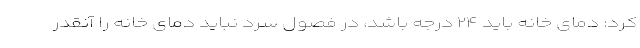
کرد: دمای خانه باید ۲۴ درجه باشد، در فصول سرد نباید دمای خانه را آنقدر